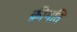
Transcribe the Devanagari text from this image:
क़ीमति